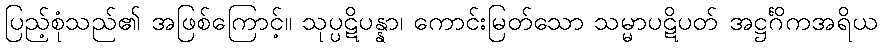
ပြည့်စုံသည်၏ အဖြစ်ကြောင့်။ သုပ္ပဋိပန္နာ၊ ကောင်းမြတ်သော သမ္မာပဋိပတ် အဋ္ဌင်္ဂိကအရိယ